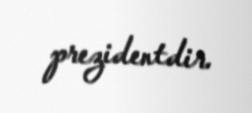
prezidentdir.